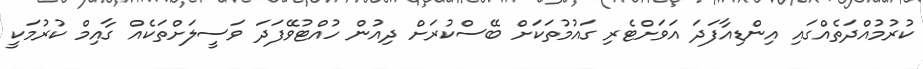
ކުރުމުއްދަތެއްގައި އިންޑިއާފަދަ އަވަށްޓެރި ގައުމުތަކަށް ބޭސްކުރަށް ދިއުން ހުއްޓުވޭފަދަ ވަސީލަށްތަކެއް ގާއިމް ކުރުމަކީ